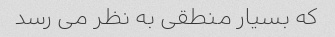
که بسیار منطقی به نظر می رسد